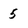
Character: 5